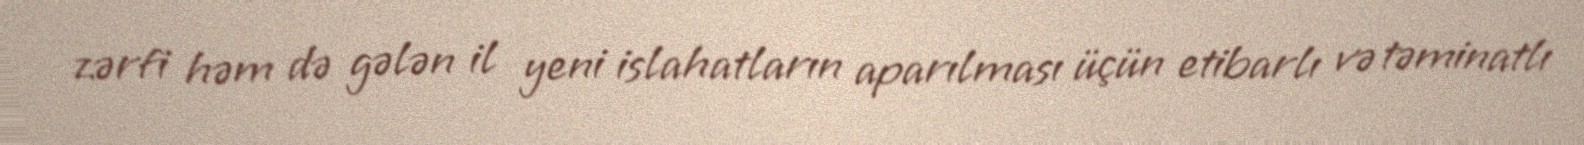
zərfi həm də gələn il yeni islahatların aparılması üçün etibarlı və təminatlı